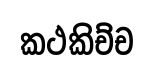
කථකිච්ච